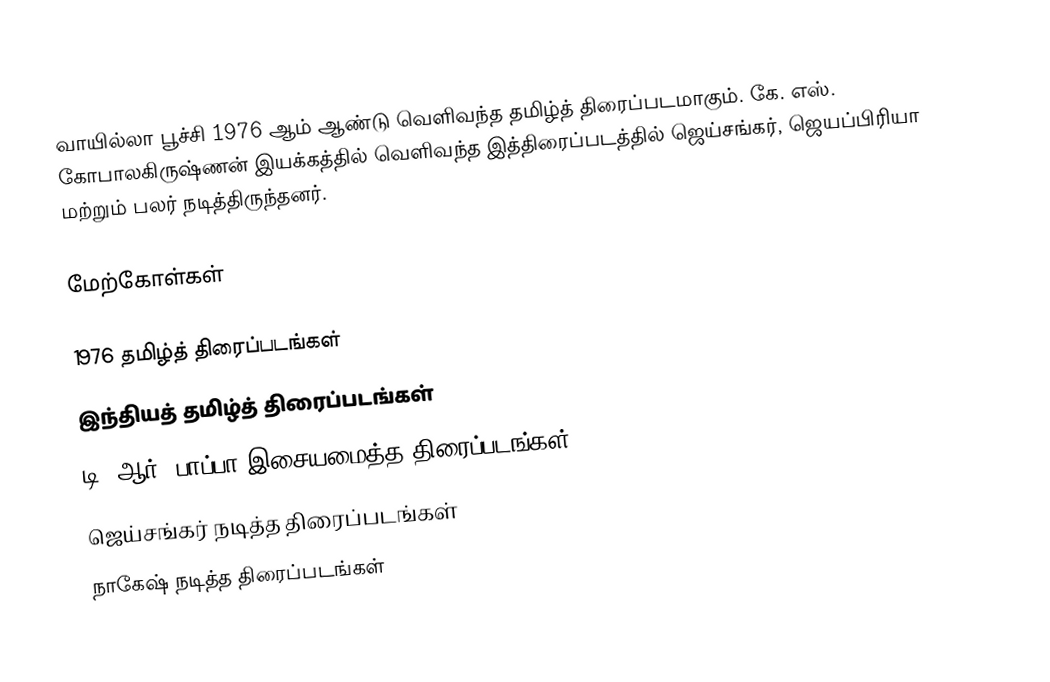
வாயில்லா பூச்சி 1976 ஆம் ஆண்டு வெளிவந்த தமிழ்த் திரைப்படமாகும். கே. எஸ். கோபாலகிருஷ்ணன் இயக்கத்தில் வெளிவந்த இத்திரைப்படத்தில் ஜெய்சங்கர், ஜெயப்பிரியா மற்றும் பலர் நடித்திருந்தனர்.

மேற்கோள்கள்

1976 தமிழ்த் திரைப்படங்கள்
இந்தியத் தமிழ்த் திரைப்படங்கள்
டி. ஆர். பாப்பா இசையமைத்த திரைப்படங்கள்
ஜெய்சங்கர் நடித்த திரைப்படங்கள்
நாகேஷ் நடித்த திரைப்படங்கள்